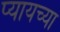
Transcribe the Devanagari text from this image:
प्यायच्या